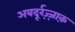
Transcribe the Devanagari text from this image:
अबदूर्रज़्ज़ाक़